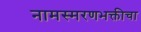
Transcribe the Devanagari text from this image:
नामस्मरणभक्तीचा